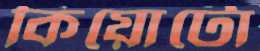
কিয়োটো